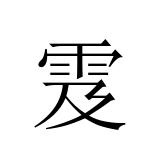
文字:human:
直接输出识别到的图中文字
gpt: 雭